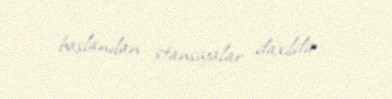
başlanılan stansiyalar daxildir.